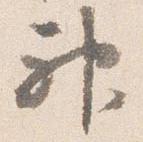
神